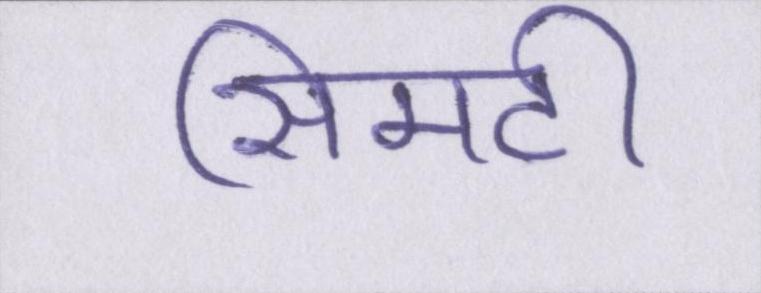
सिमटी